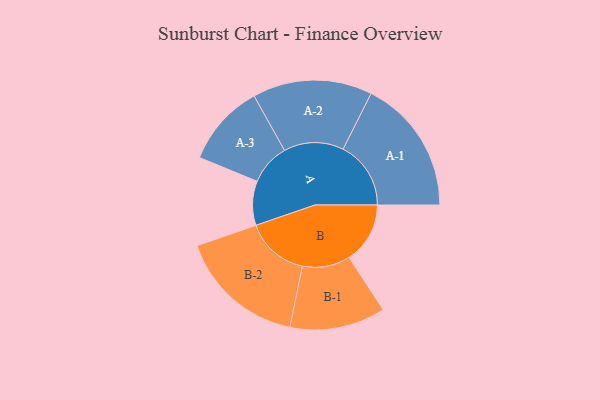
{"axis": {"x": "Segment", "y": "Value"}, "legend": ["", "A", "B"], "data": [{"x": "A", "y": 188, "type": ""}, {"x": "B", "y": 259, "type": ""}, {"x": "A-1", "y": 288, "type": "A"}, {"x": "A-2", "y": 254, "type": "A"}, {"x": "A-3", "y": 175, "type": "A"}, {"x": "B-1", "y": 203, "type": "B"}, {"x": "B-2", "y": 270, "type": "B"}]}